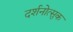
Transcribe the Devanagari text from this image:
दर्शनोत्सुक